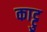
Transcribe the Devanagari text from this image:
काट्टु